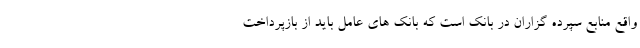
واقع منابع سپرده گزاران در بانک است که بانک های عامل باید از بازپرداخت